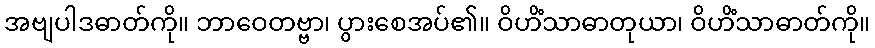
အဗျပါဒဓာတ်ကို။ ဘာဝေတဗ္ဗာ၊ ပွားစေအပ်၏။ ဝိဟိံသာဓာတုယာ၊ ဝိဟိံသာဓာတ်ကို။